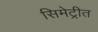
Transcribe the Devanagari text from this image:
सिमेट्रीत